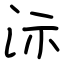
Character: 沶